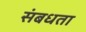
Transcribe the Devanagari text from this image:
संबधता